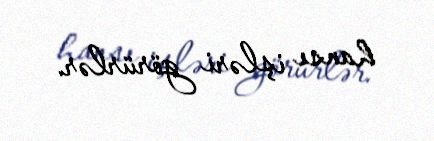
hansı işləri görürlər.